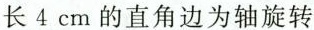
长4cm的直角边为轴旋转